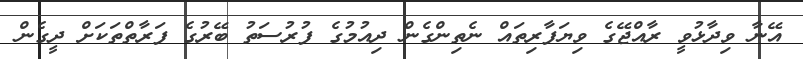
އޭނާ ވިދާޅުވީ ރާއްޖޭގެ ވިޔަފާރިތައް ނެތިންގެން ދިއުމުގެ ފުރުސަތު ބޭރުގެ ފަރާތްތަކަށް ދީގެން